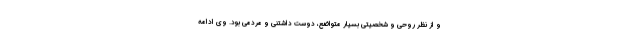
و از نظر روحی و شخصیتی بسیار متواضع، دوست داشتنی و مردمی بود. وی ادامه